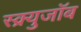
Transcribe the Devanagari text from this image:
स्क्र्युजॉब